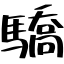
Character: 驕